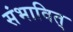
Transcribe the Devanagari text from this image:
संभावित्